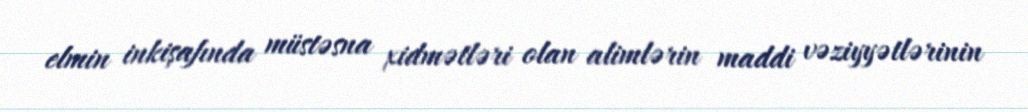
elmin inkişafında müstəsna xidmətləri olan alimlərin maddi vəziyyətlərinin